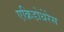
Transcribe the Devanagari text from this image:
एक्रिडोथेरेस